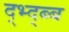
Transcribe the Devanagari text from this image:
द्भ्द्ब्ब